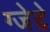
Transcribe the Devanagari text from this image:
ग्जेद्दे